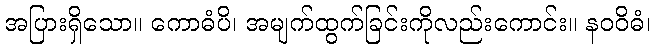
အပြားရှိသော။ ကောဓံပိ၊ အမျက်ထွက်ခြင်းကိုလည်းကောင်း။ နဝဝိဓံ၊